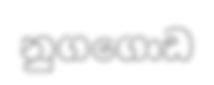
නුගගොඩ